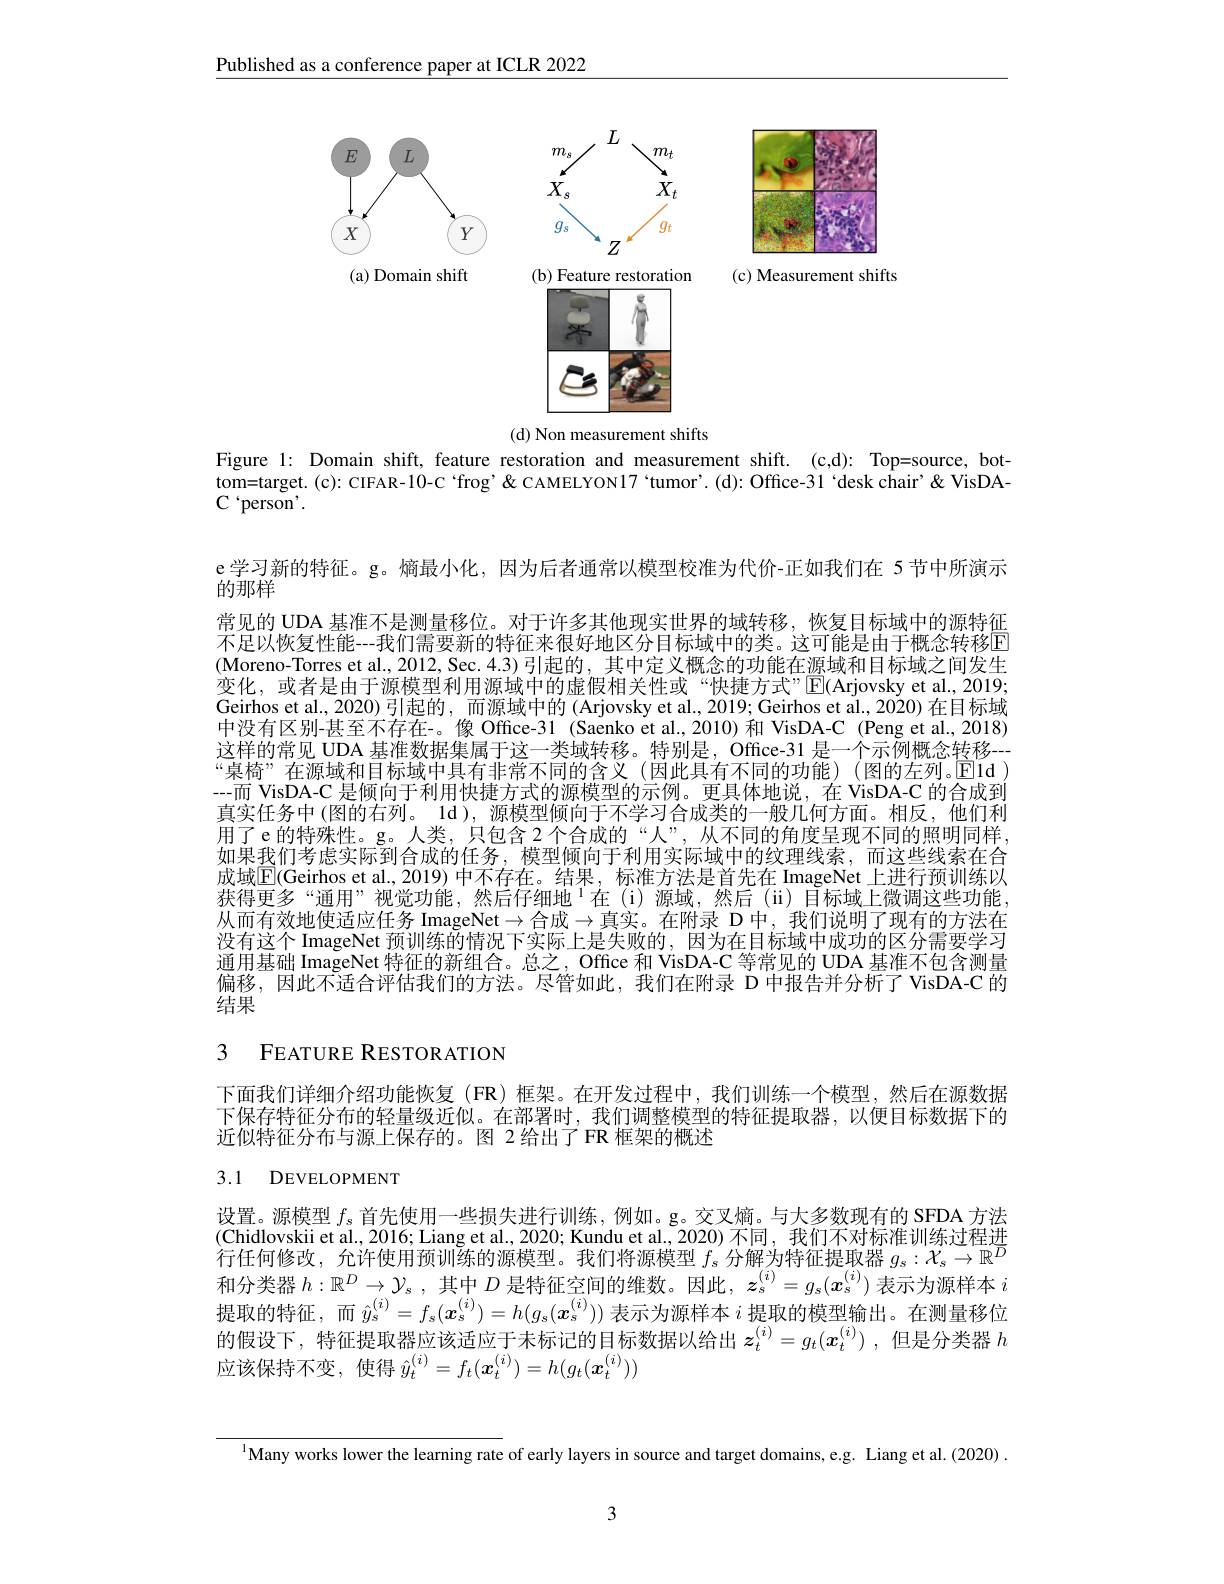
Published as a conference paper at ICLR 2022

<FigureHere>
(d) Non measurement shifts

Figure 1: Domain shift, feature restoration and measurement shift. (c,d): Top=source, bottom=target.(c): CIFAR-10-C“frog'''tumor'.(d): Office-31‘desk chair'''''desk chair''''''' ${\mathrm{C}}^{`}$person'.

e 学习新的特征。g。熵最小化，因为后者通常以模型校准为代价-正如我们在 5节中所演示
的那样
常见的 UDA 基准不是测量移位。对于许多其他现实世界的域转移，恢复目标域中的源特征不足以恢复性能---我们需要新的特征来很好地区分目标域中的类。这可能是由于概念转移$\color{red}{\mathrm{E}}$ (Moreno-Torres et al., 2012, Sec. 4.3) 引起的，其中定义概念的功能在源域和目标域之间发生变化，或者是由于源模型利用源域中的虚假相关性或“快捷方式”$\operatorname{E}($Arjovsky et al.,2019; Geirhos et al., 2020) 引起的，而源域中的 (Arjovsky et al., 2019; Geirhos et al., 2020) 在目标域中没有区别-甚至不存在-。像 Office-31 (Saenko et al,2010)和 VisDA-C (Peng et al., 2018) 这样的常见 UDA 基准数据集属于这一类域转移。特别是，Office-31 是一个示例概念转移--- “桌椅”在源域和目标域中具有非常不同的含义(因此具有不同的功能)(图的左列。$\overline{\mathrm{E}}$ld ) --而 VisDA-C 是倾向于利用快捷方式的源模型的示例。更具体地说，在 VisDA-C 的合成到真实任务中 (图的右列。ld ), 源模型倾向于不学习合成类的一般几何方面。相反，他们利用了e的特殊性。g。人类，只包含2个合成的“人”,从不同的角度呈现不同的照明同样， 如果我们考虑实际到合成的任务，模型倾向于利用实际域中的纹理线索，而这些线索在合成域$\boxed{\mathrm{E}}($Geirhos et al.,2019)中不存在。结果，标准方法是首先在 ImageNet 上进行预训练以获得更多“通用”视觉功能，然后仔细地$^1$在(i)源域，然后(ii)目标域上微调这些功能， 从而有效地使适应任务 ImageNet$\to$合成$\to$真实。在附录 D 中，我们说明了现有的方法在没有这个 ImageNet 预训练的情况下实际上是失败的，因为在目标域中成功的区分需要学习通用基础 ImageNet 特征的新组合。总之，Office 和 VisDA-C 等常见的 UDA 基准不包含测量偏移，因此不适合评估我们的方法。尽管如此，我们在附录 D 中报告并分析了 VisDA-C 的结果

# 3 FEATURE RESTORATION

下面我们详细介绍功能恢复(FR)框架。在开发过程中，我们训练一个模型，然后在源数据下保存特征分布的轻量级近似。在部署时，我们调整模型的特征提取器，以便目标数据下的近似特征分布与源上保存的。图 2 给出了 FR 框架的概述

# 3.1 DEVELOPMENT

设置。源模型$f_s$首先使用一些损失进行训练，例如。g。交叉熵。与大多数现有的 SFDA 方法(Chidlovskii et al., 2016; Liang et al., 2020; Kundu et al., 2020) 不同，我们不对标准训练过程进行任何修改，允许使用预训练的源模型。我们将源模型$f_s$分解为特征提取器$g_s:\mathcal{X}_s\to\mathbb{R}^D$ 和分类器$h:\mathbb{R}^D\to\mathcal{Y}_s$,其中$D$是特征空间的维数。因此$,\boldsymbol z_s^(i)=g_s(\boldsymbol{x}_s^{(i)})$表示为源样本$i$ 提取的特征，而$\hat{y}_s^{(i)}=f_s(\boldsymbol{x}_s^{(i)})=h(g_s(\boldsymbol{x}_s^{(i)}))$表示为源样本$i$提取的模型输出。在测量移位的假设下，特征提取器应该适应于未标记的目标数据以给出$z_t^{(i)}=g_t(x_t^{(i)})$ ,但是分类器$h$ 应该保持不变，使得$\hat{y}_t^{(i)}=f_t(\boldsymbol{x}_t^{(i)})=h(g_t(\boldsymbol{x}_t^{(i)}))$

$^{1}$Many works lower the learning rate of early layers in source and target domains, e.g. Liang et al. (2020) .

3